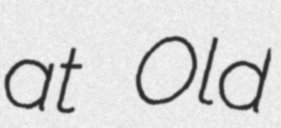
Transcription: at Old